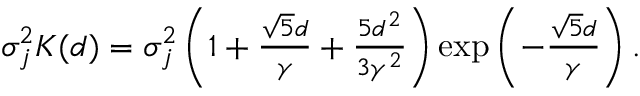
\begin{array} { r } { \sigma _ { j } ^ { 2 } K ( d ) = \sigma _ { j } ^ { 2 } \left( 1 + \frac { \sqrt { 5 } d } { \gamma } + \frac { 5 d ^ { 2 } } { 3 \gamma ^ { 2 } } \right) \exp \left( - \frac { \sqrt { 5 } d } { \gamma } \right) . } \end{array}